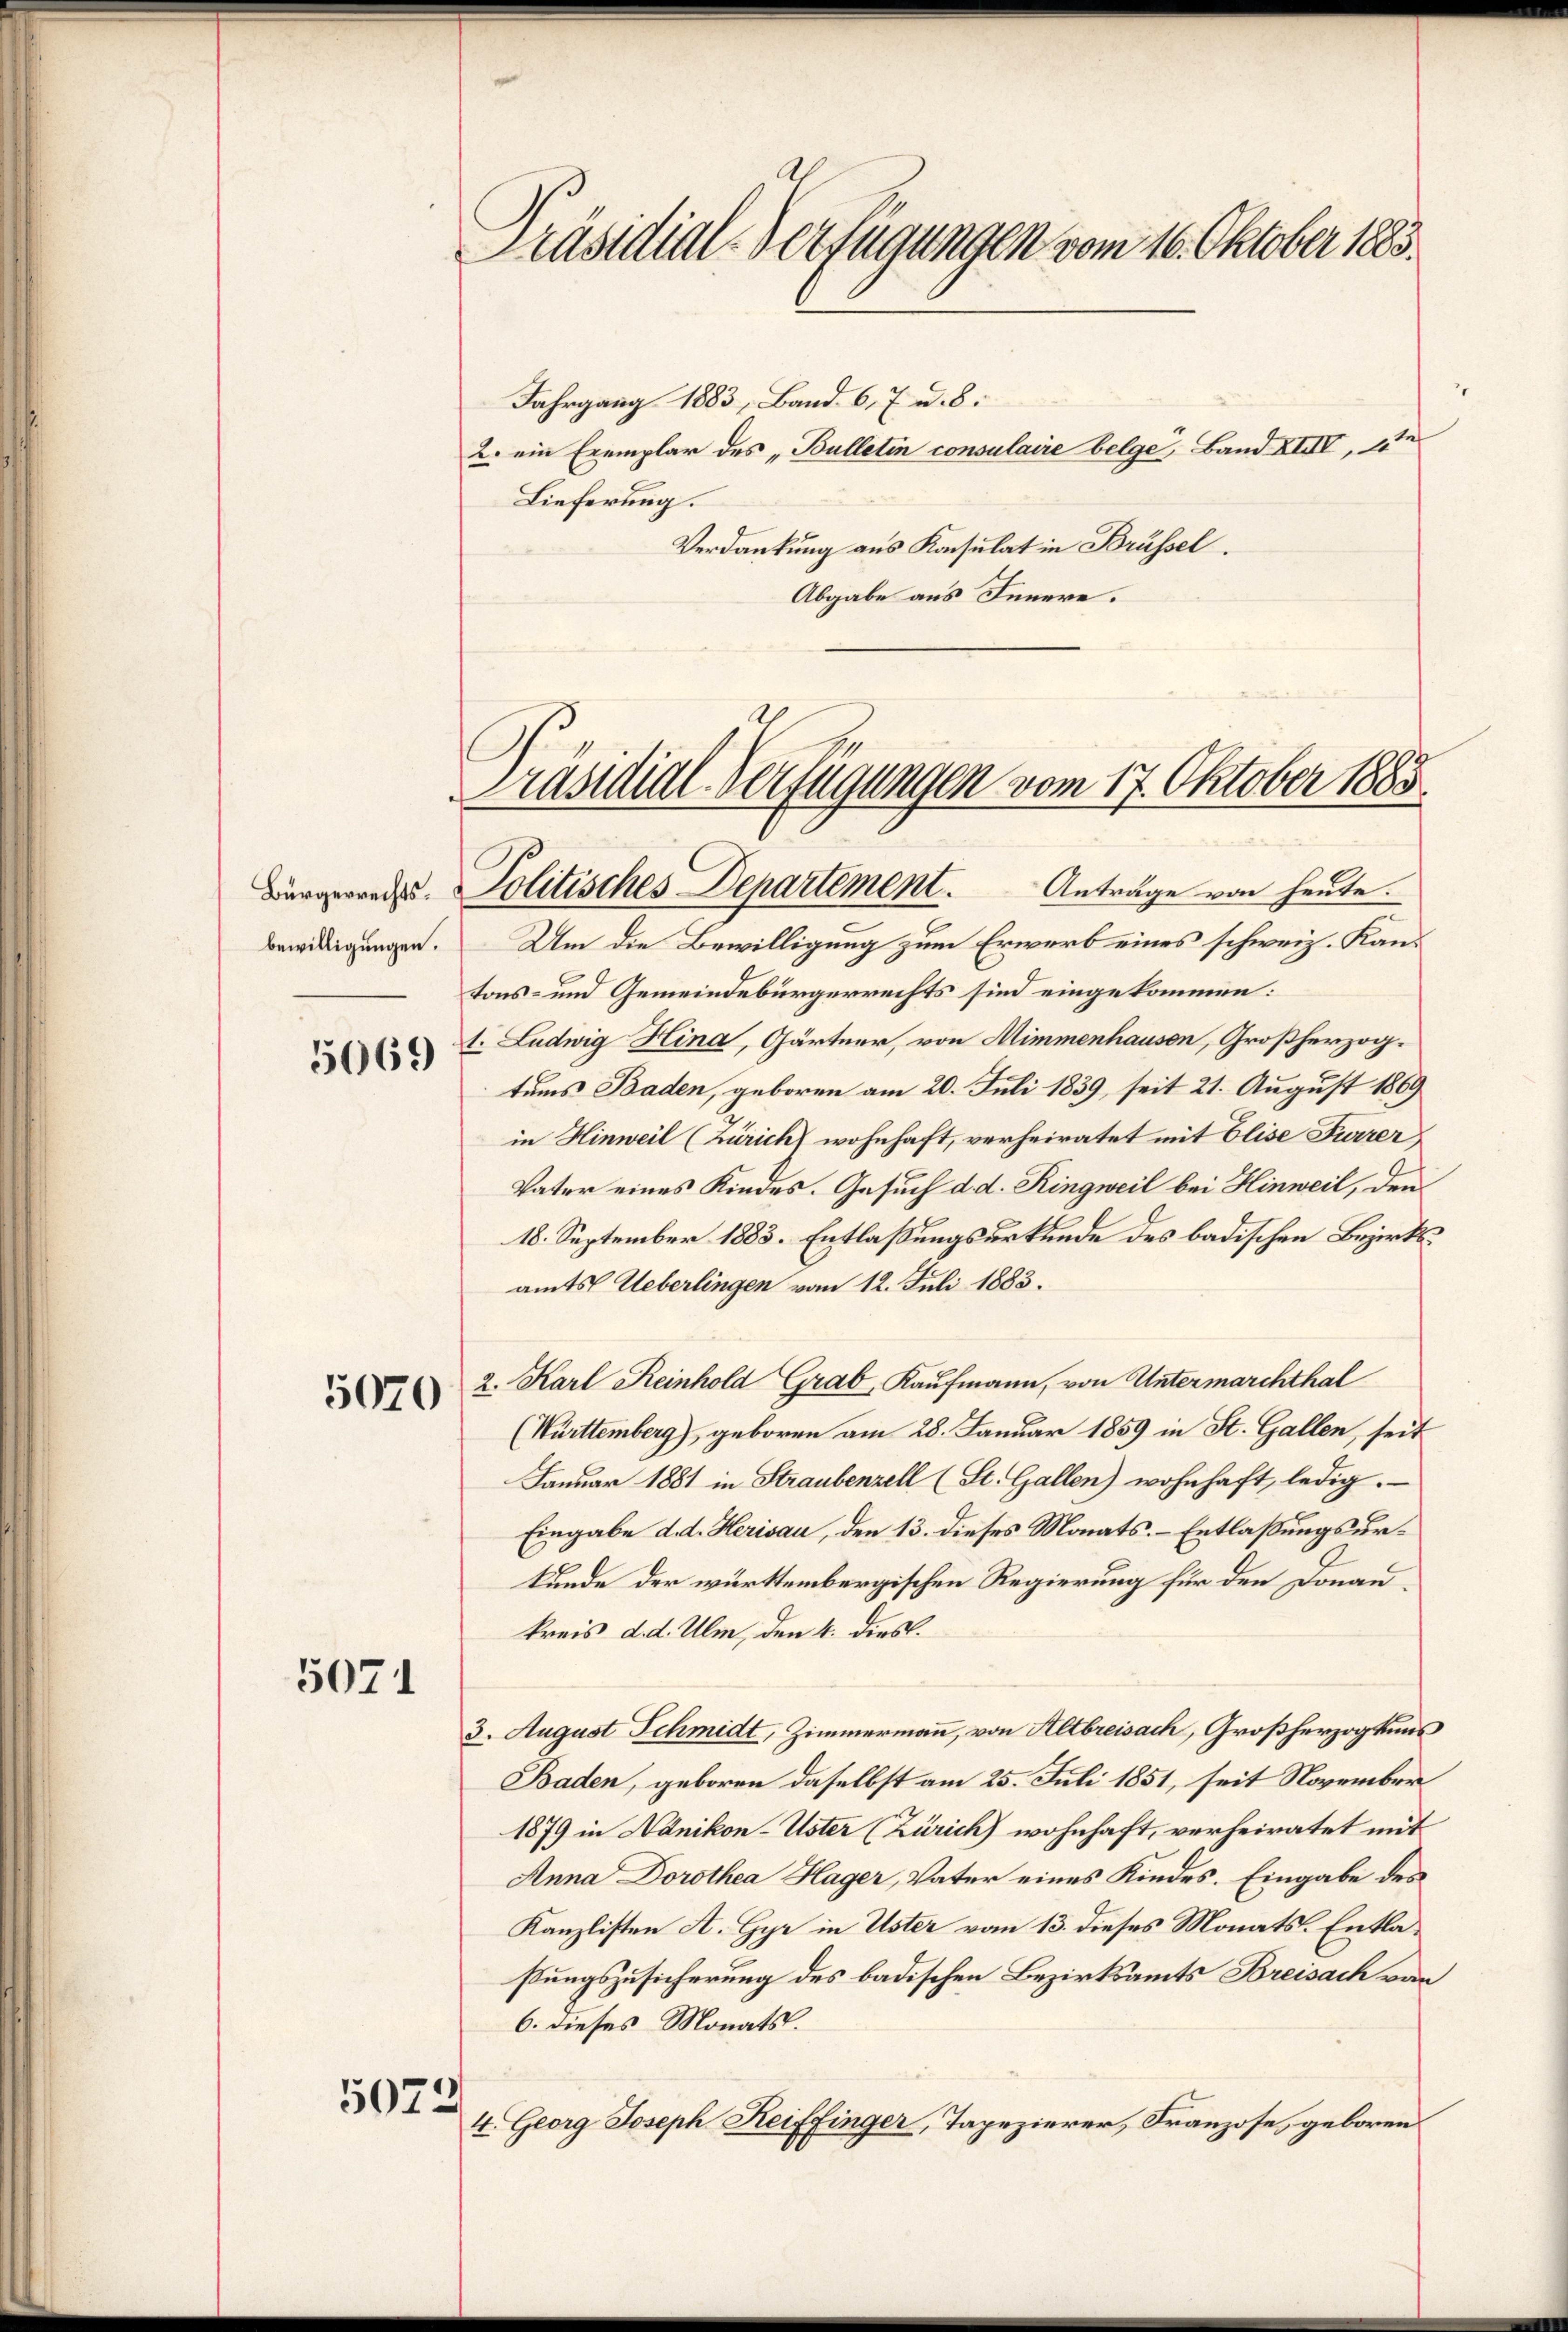
Präsidial-Verfügungen vom 16. Oktober 1883.

Jahrgang 1883, Band. 6, 7 u. 8.
2. ein Exemplar des „Bulletin consulaire belge, Band XIIII, 2te
Lieferung.
Verdankung aus Konsulat in Brüssel.
Abgabe aus Innere.

Präsidial-Verfügungen vom 17. Oktober 1883
Anträge von heute.
Bürgerredes Politisches Departement.

bewilligungen.

Um die Bewilligung zum Erwarb eines schweiz. Kantons- und Gemeindebürgerrechts sind eingekommen:
1. Ludwig Hina, Gärtner, von Himmenhausen, Großherzog.
tums Baden, geboren am 20. Juli 1839, seit 21. August 1869
in Hinweil (Zürich wohnhaft, verheiratet mit Elise Furrer,
Vater eines Kindes. Gesuch d. d. Ringweil bei Hinweil, den
18. September 1883. Entlaßungsurkunde des badischen Bezirksamts Ueberlingen vom 12. Juli 1883.
2. Karl Reinhold Grab, Kaufmann, von Untermarchthal
(Württemberg), geboren am 28. Januar 1859 in St. Gallen, seit
Januar 1881 in Straubenzell (St. Gallen) wohnhaft, ledig.
Eingabe d. d. Herisau, den 13. dieses Monats-Entlaßungsurkunde der württembergischen Regierung für den Donaukreis d.d. Ulm, den 4. dies.
3. August Schmidt, Zimmermann, von Altbreisach, Großherzogkens
Baden, geboren daselbst am 25. Juli 1851, seit November¬
1879 in Nänikon-Uster (Zürich) wohnhaft, verheiratet mit
Anna Dorothea Hager, Vater eines Kindes. Eingabe des
Kanzlisten A. Gyr in Uster vom 13. dieses Monats-Entlaßungszusicherung des badischen Bezirksamts Breisach von
6. dieses Monats.
4. Georg Joseph Reiffinger, Tapezierer, Franzose, geboren

5069

5070

5071

5073